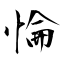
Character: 惀